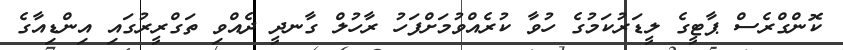
ކޮންގްރެސް ޕާޓީގެ ލީޑަރުކަމުގެ ހުވާ ކުރެއްވުމަށްފަހު ރާހުލް ގާނދީ ދެއްވި ތަގްރީރުގައި އިންޑިއާގެ